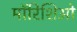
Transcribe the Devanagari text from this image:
मॉरिशिओ